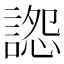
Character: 𧩷